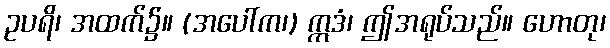
ဥပရိ၊ အထက်၌။ (အပေါ်က၊) ဣဒံ၊ ဤအရုပ်သည်။ ဟောတု၊